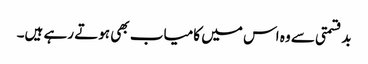
بدقسمتی سے وہ اس میں کامیاب بھی ہوتے رہے ہیں۔